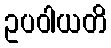
ဥပဝါယတိ